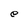
Character: e